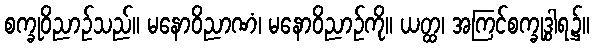
စက္ခုဝိညာဉ်သည်။ မနောဝိညာဏံ၊ မနောဝိညာဉ်ကို။ ယတ္ထ၊ အကြင်စက္ခုဒွါရ၌။